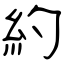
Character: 約